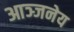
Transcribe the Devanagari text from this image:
आञ्जनेय